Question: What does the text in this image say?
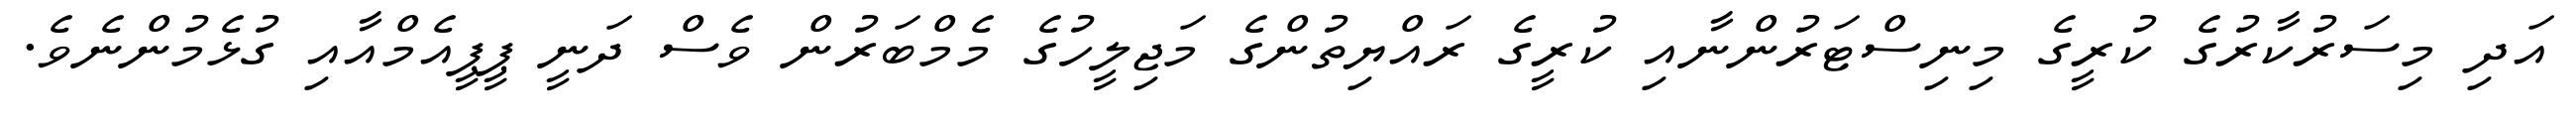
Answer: އަދި މިސަރުކާރުގެ ކުރީގެ މިނިސްޓަރުންނާއި ކުރީގެ ރައްޔިތުންގެ މަޖިލީހުގެ މެމްބަރުން ވެސް ދަނީ ޕީޕީއެމްއާއި ގުޅެމުންނެވެ.